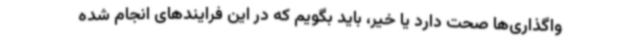
واگذاری‌ها صحت دارد یا خیر، باید بگویم که در این فرایندهای انجام شده